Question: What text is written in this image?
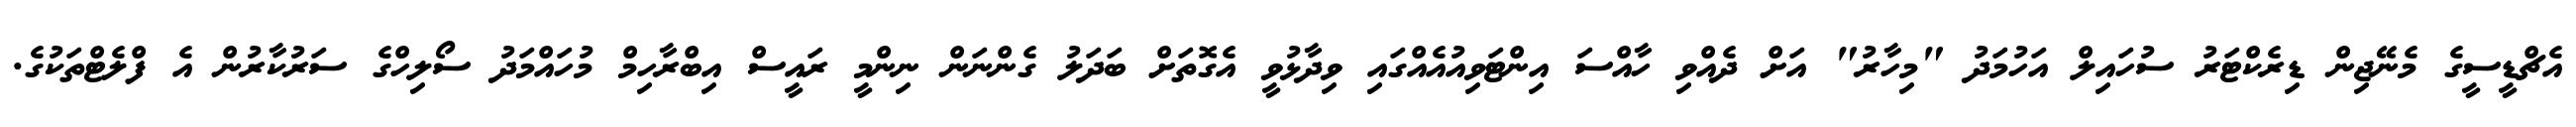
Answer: އެޗްޑީސީގެ މެނޭޖިން ޑިރެކްޓަރު ސުހައިލް އަހުމަދު "މިހާރު" އަށް ދެއްވި ހާއްސަ އިންޓަވިއުއެއްގައި ވިދާޅުވީ އެގޮތަށް ބަދަލު ގެންނަން ނިންމީ ރައީސް އިބްރާހިމް މުހައްމަދު ސޯލިހްގެ ސަރުކާރުން އެ ފްލެޓްތަކުގެ.